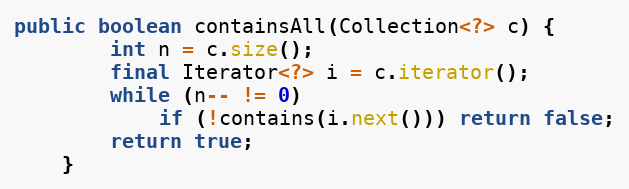
Language: Java
public boolean containsAll(Collection<?> c) {
        int n = c.size();
        final Iterator<?> i = c.iterator();
        while (n-- != 0)
            if (!contains(i.next())) return false;
        return true;
    }